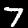
Label: 7